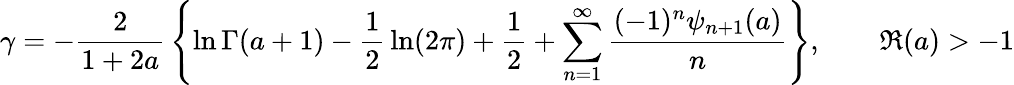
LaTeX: \gamma=-{\frac{2}{1+2a}}\left\{ \ln\Gamma(a+1)-{\frac{1}{2}}\ln(2\pi)+{\frac{1}{2}}+\sum_{n=1}^{\infty}{\frac{(-1)^{n}\psi_{n+1}(a)}{n}}\right\} ,\qquad\Re(a)>-1